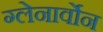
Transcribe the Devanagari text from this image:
ग्लेनार्वोन